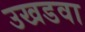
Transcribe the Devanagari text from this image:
उखडवा